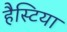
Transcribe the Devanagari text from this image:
हैस्टिया